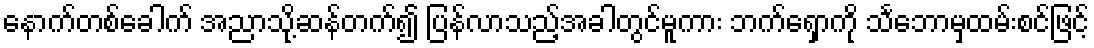
နောက်တစ်ခေါက် အညာသို့ဆန်တက်၍ ပြန်လာသည့်အခါတွင်မူကား ဘက်ရှောကို သင်္ဘောမှထမ်းစင်ဖြင့်